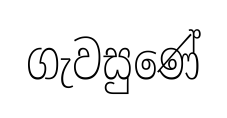
ගැවසුණේ